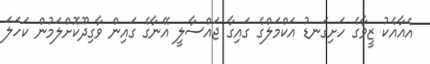
އެއާއެކު ޒީވާގެ ހަށިގަނޑު އަކްމަލްގެ ގައިގާ ޖައްސާލީ އޭނާގެ ގައިން ވާގިދޫކޮށްލަމުން ކަހަލަ